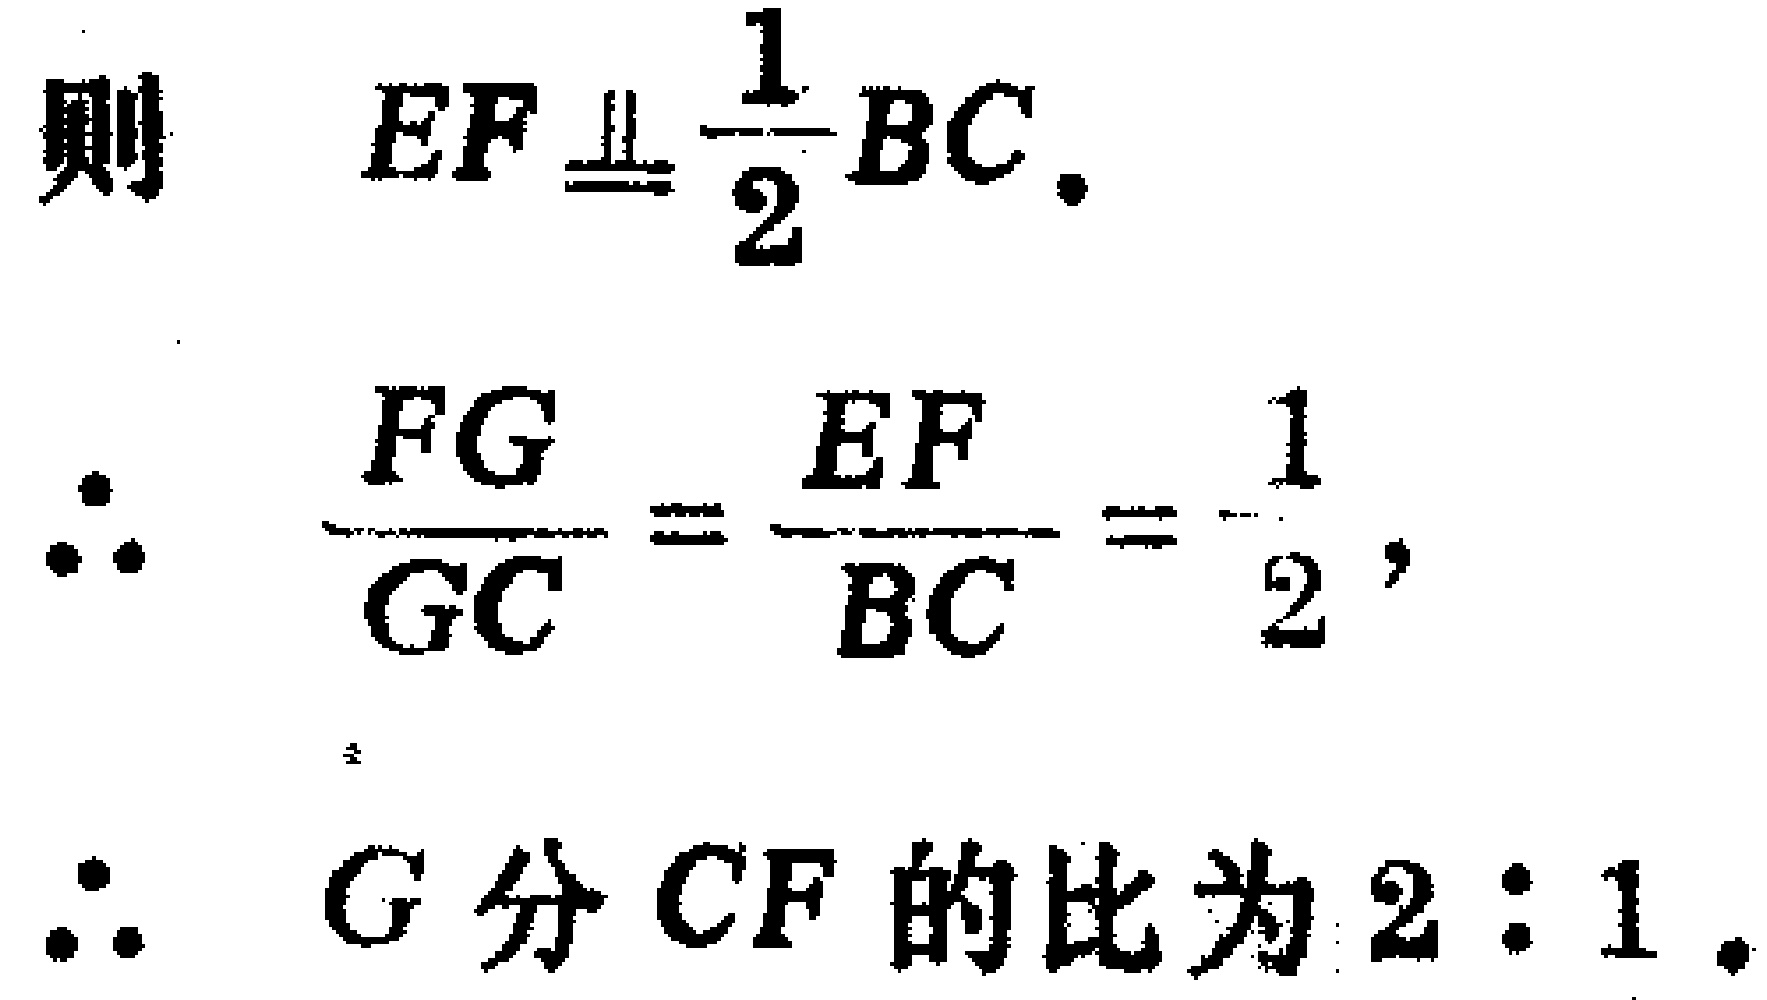
则 \(EF\equalparallel\frac{1}{2}BC.\)

\(\therefore\) \(\frac{FG}{GC}=\frac{EF}{BC}=\frac{1}{2},\)

\(\therefore\) \(G\)分 \(CF\)的比为 \(2:1\).